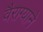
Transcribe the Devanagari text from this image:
वैराग्याने